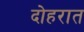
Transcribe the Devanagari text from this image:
दोहरात